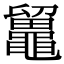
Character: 𪓸